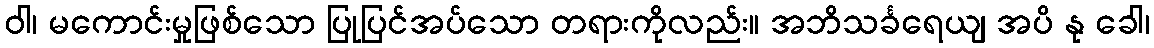
ဝါ၊ မကောင်းမှုဖြစ်သော ပြုပြင်အပ်သော တရားကိုလည်း။ အဘိသင်္ခရေယျ အပိ နု ခေါ၊